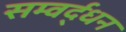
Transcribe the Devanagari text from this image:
सम्वर्द्धन